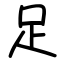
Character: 足